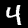
Digit: 4